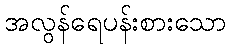
အလွန်ရေပန်းစားသော